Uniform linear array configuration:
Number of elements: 64
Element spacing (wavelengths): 1
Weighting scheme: uniform
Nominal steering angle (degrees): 30
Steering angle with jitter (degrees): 28.244
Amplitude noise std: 0.05
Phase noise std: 0.05

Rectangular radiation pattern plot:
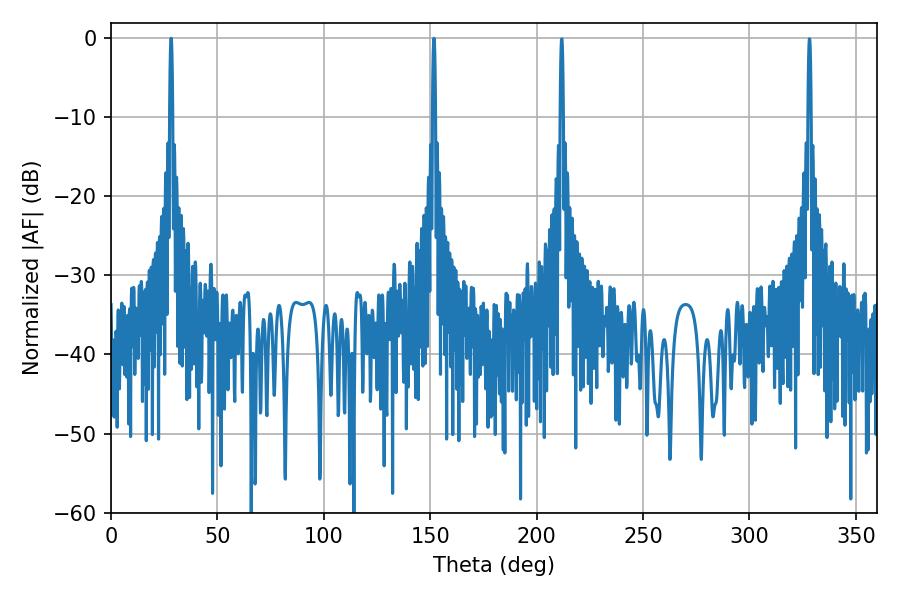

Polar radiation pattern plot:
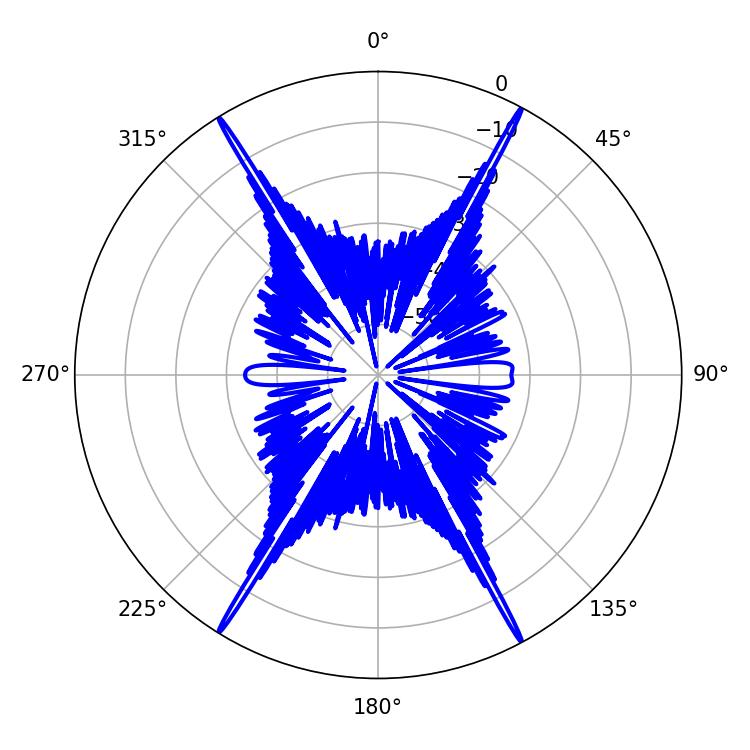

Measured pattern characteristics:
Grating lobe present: TRUE
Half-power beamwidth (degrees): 0.72
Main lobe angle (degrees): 28.26